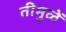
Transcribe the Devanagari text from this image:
तीमुळें